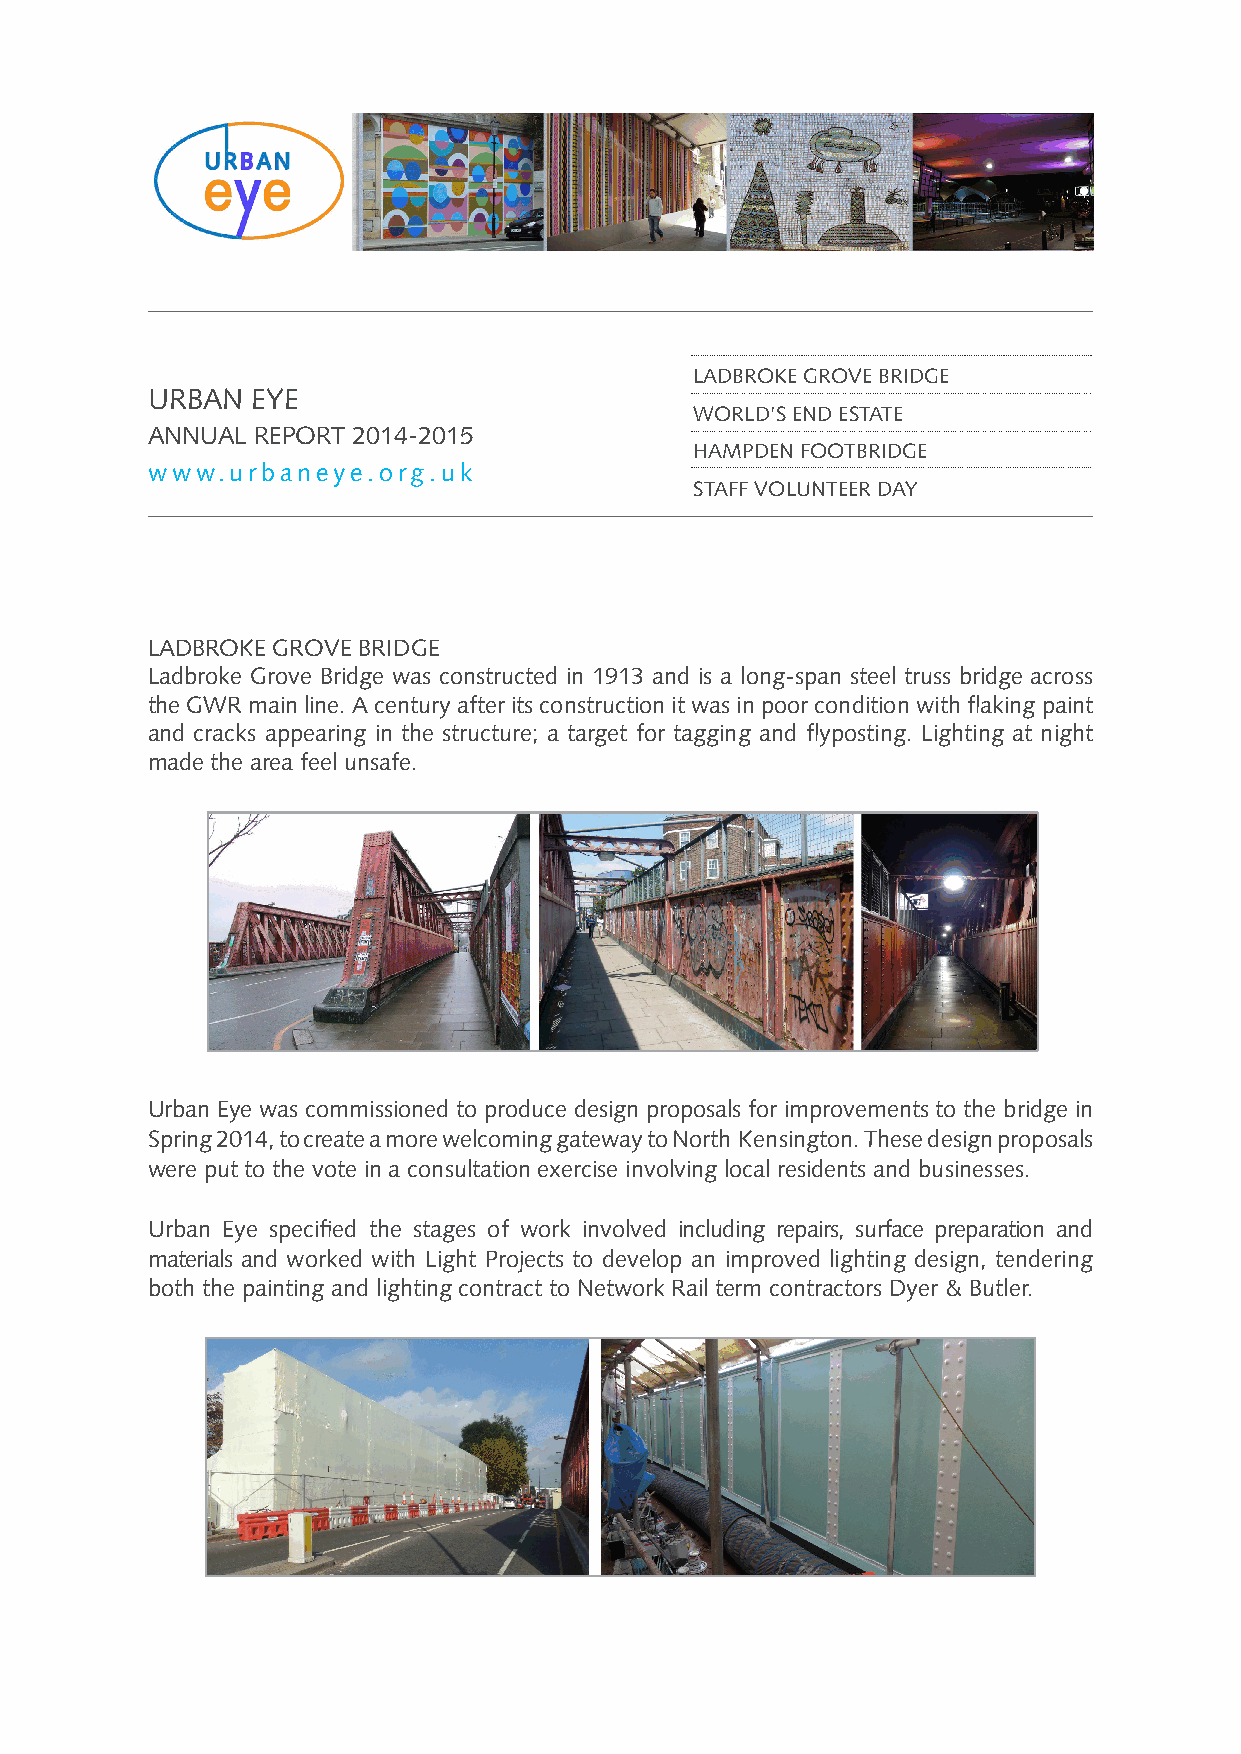
LADBROKE GROVE BRIDGE
 URBAN  EYE
 WORLD’S END ESTATE
 ANNUAL REPORT 2014-2015
 HAMPDEN FOOTBRIDGE
 www.urbaneye.org.uk
 STAFF VOLUNTEER DAY
 LADBROKE GROVE BRIDGE
 Ladbroke Grove Bridge was constructed in 1913 and is a long-span steel truss bridge across
 the GWR main line. A century after its construction it was in poor condition with flaking paint
 and cracks appearing in the structure; a target for tagging and flyposting. Lighting at night
 made the area feel unsafe.
 Urban Eye was commissioned to produce design proposals for improvements to the bridge in
 Spring 2014, to create a more welcoming gateway to North Kensington. These design proposals
 were put to the vote in a consultation exercise involving local residents and businesses.
 Urban Eye specified the stages of work involved including repairs, surface preparation and
 materials and worked with Light Projects to develop an improved lighting design, tendering
 both the painting and lighting contract to Network Rail term contractors Dyer & Butler.